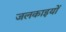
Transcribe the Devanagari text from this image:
जलकाइयों